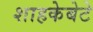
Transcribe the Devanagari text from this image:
शाहकेबेटे